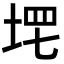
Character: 𡌣